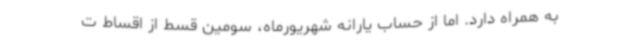
به همراه دارد. اما از حساب یارانه شهریورماه، سومین قسط از اقساط ت